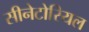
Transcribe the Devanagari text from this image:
सीनेटोरियल